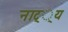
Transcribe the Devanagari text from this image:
नाट््य